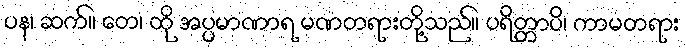
ပန၊ ဆက်။ တေ၊ ထို အပ္ပမာဏာရ မဏတရားတို့သည်။ ပရိတ္တာပိ၊ ကာမတရား